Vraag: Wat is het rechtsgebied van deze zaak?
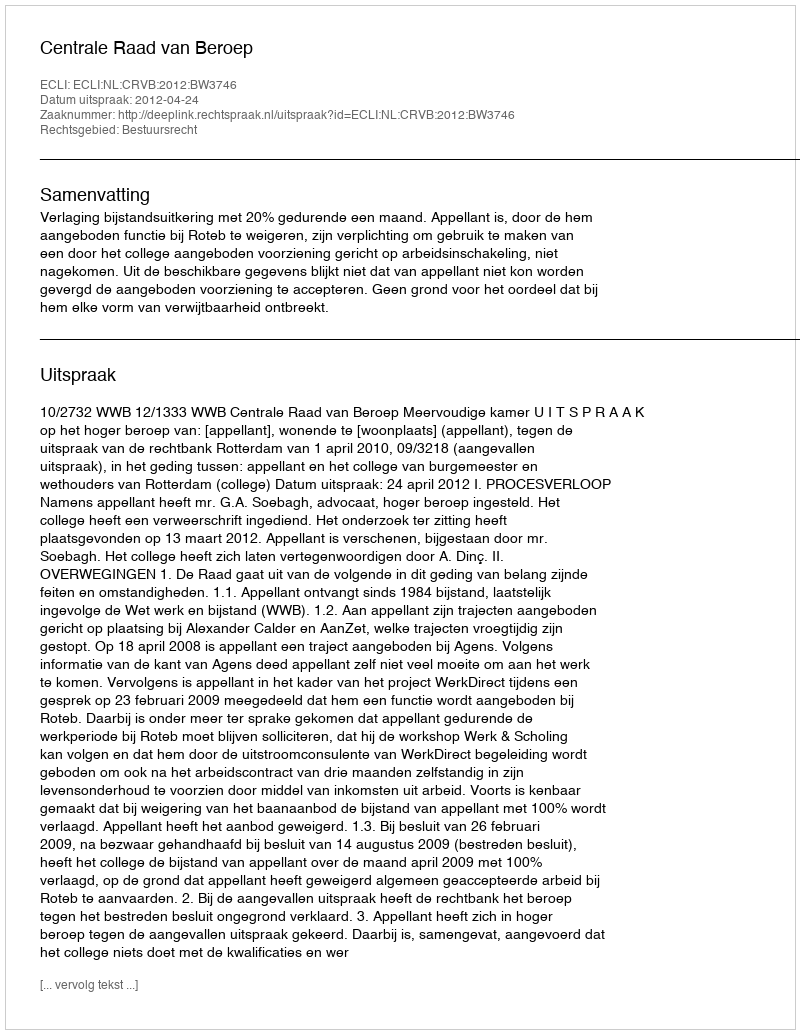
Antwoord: Bestuursrecht